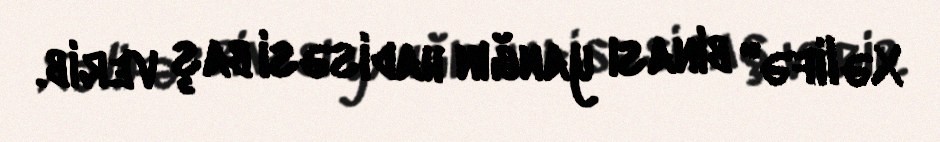
Xəlifə" binası yanğın hadisəsi baş verib.